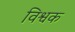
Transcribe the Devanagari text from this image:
विश्वक